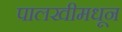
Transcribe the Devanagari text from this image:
पालखीमधून